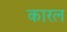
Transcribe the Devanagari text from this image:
कारल